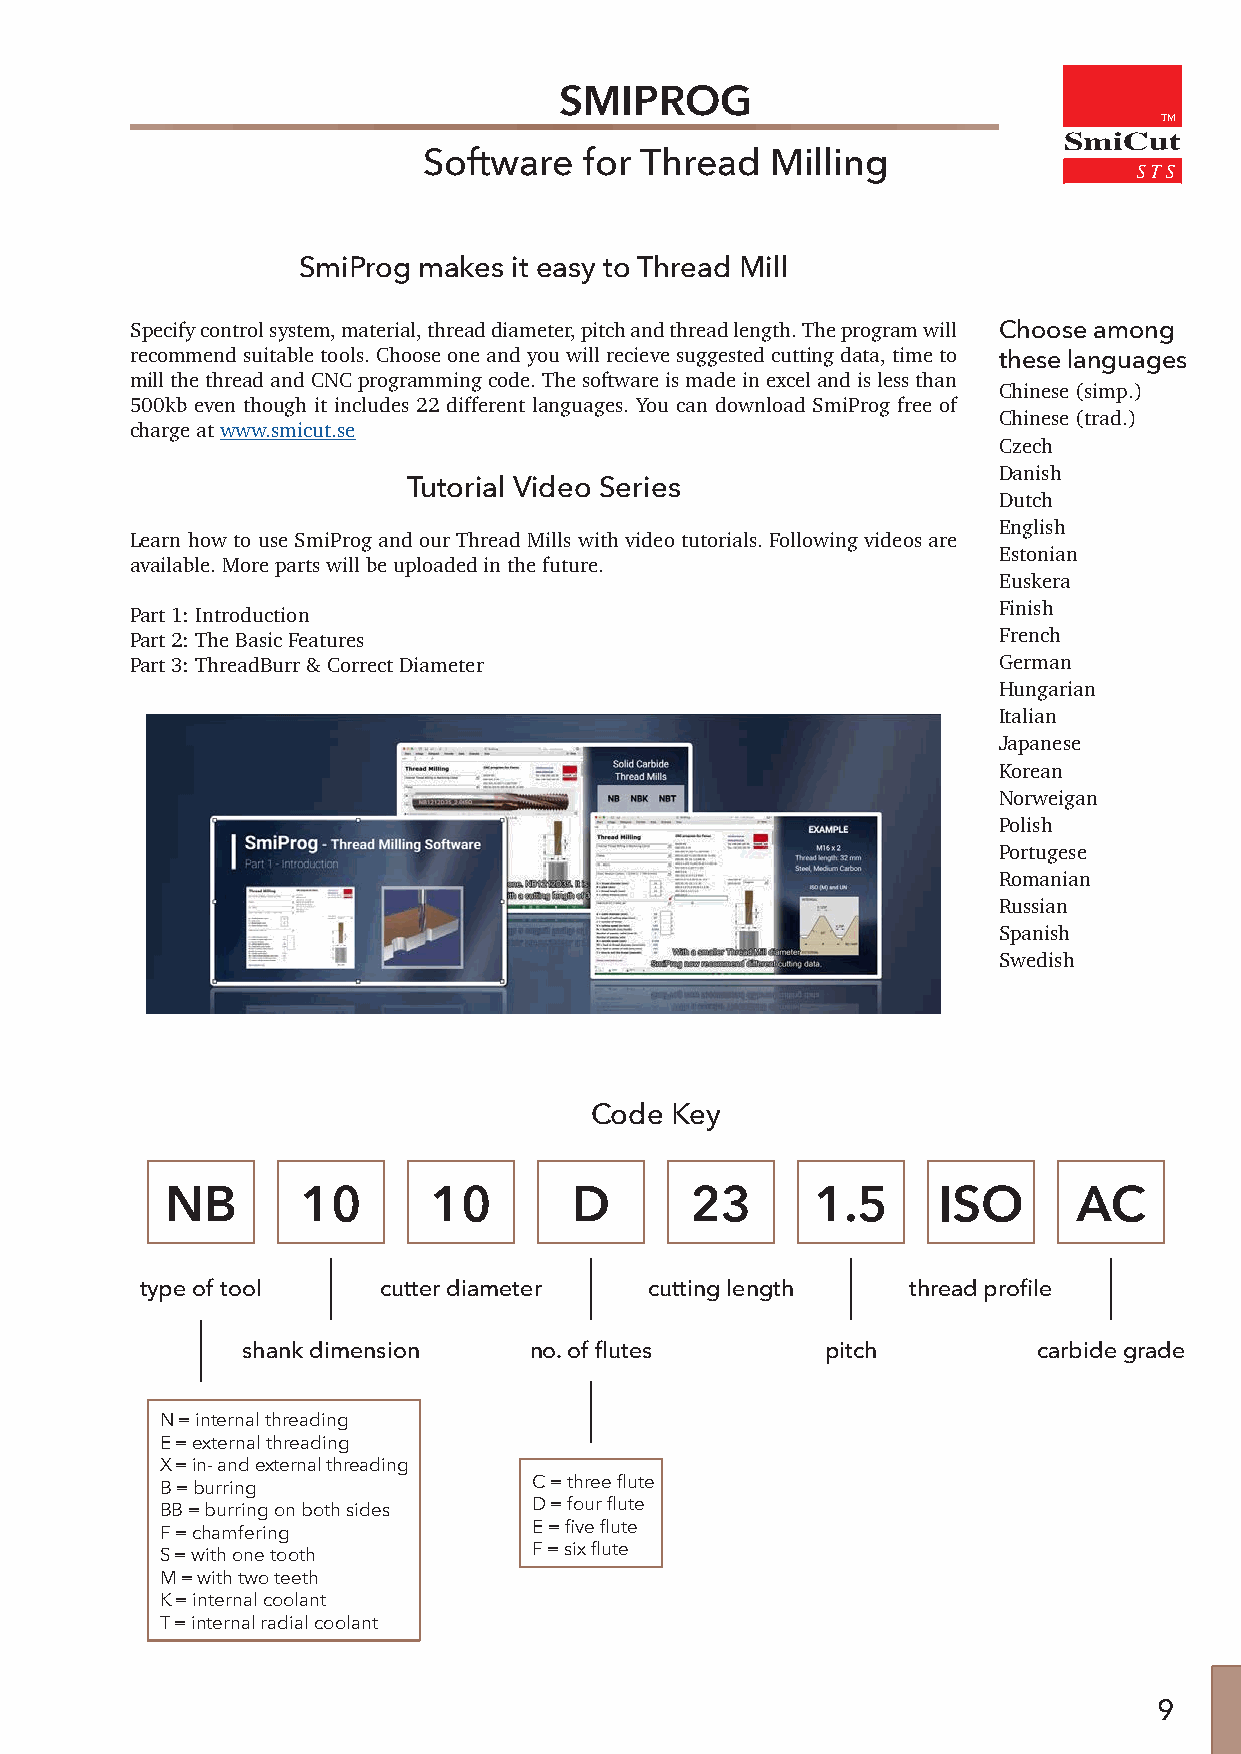
SMIPROG
 TM
 SmiCut
 Software   for Thread  Milling
 SmiProg makes it easy to Thread Mill
 Specify control system, material, thread diameter, pitch and thread length. The program will Choose among
 recommend suitable tools. Choose one and you will recieve suggested cutting data, time to these languages
 mill the thread and CNC programming code. The software is made in excel and is less than
 Chinese (simp.)
 500kb even though it includes 22 different languages. You can download SmiProg free of
 Chinese (trad.)
 charge at www.smicut.se
 Czech
 Danish
 Tutorial Video Series
 Dutch
 English
 Learn how to use SmiProg and our Thread Mills with video tutorials. Following videos are
 Estonian
 available. More parts will be uploaded in the future.
 Euskera
 Finish
 Part 1: Introduction
 Part 2: The Basic Features                               French
 Part 3: ThreadBurr & Correct Diameter                    German
 Hungarian
 Italian
 Japanese
 Korean
 Norweigan
 Polish
 Portugese
 Romanian
 Russian
 Spanish
 Swedish
 Code Key
 NB       10      10        D       23      1.5     ISO      AC
 type of tool    cutter diameter   cutting length   thread profile
 shank dimension    no. of flutes       pitch         carbide grade
 N = internal threading
 E = external threading
 X = in- and external threading
 B = burring             C = three flute
 BB = burring on both sides D = four flute
 F = chamfering          E = five flute
 S = with one tooth      F = six flute
 M = with two teeth
 K = internal coolant
 T = internal radial coolant
 9